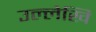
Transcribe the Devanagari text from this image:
उल्लेखि